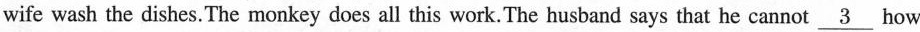
wife wash the dishes.The monkey does all this work.The husband says that he cannot \underline{3} how